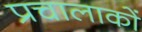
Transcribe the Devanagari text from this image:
प्रचालाकों